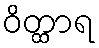
ဝိတ္ထာရ